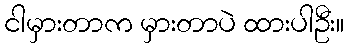
ငါမှားတာက မှားတာပဲ ထားပါဦး။